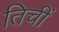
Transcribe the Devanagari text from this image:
तिचीं